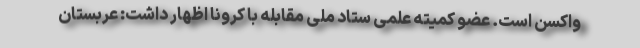
واکسن است. عضو کمیته علمی ستاد ملی مقابله با کرونا اظهار داشت: عربستان